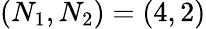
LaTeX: \left(N_{1},N_{2}\right)=\left(4,2\right)